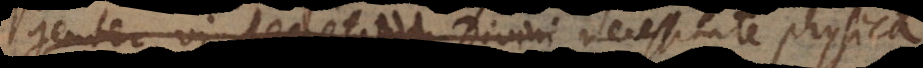
genter, vi decreti Divini necessitate physica